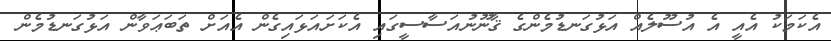
އެކަމަކު އެއީ އެ އުސޫލެއް އަޅުގަނޑުމެންގެ ޤާނޫނުއަސާސީގައި އެކަށައަޅައިގެން އެއަށް ތަބަޢަވާން އަޅުގަނޑުމެން